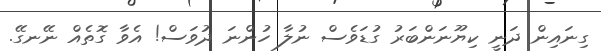
ގިނައިން ދަނީ ކިޔޫނަންބަރު ގުޑަވެސް ނުލާ ހުންނަ ދުވަސް! އެވާ ގޮތެއް ނޭނގޭ.